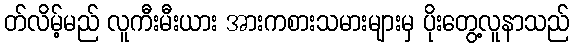
တ်လိမ့်မည် လူကီးမီးယား အားကစားသမားများမှ ပိုးတွေ့လူနာသည်